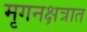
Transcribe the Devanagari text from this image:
मृगनक्षत्रात